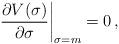
LaTeX: \begin{align*}\left. \frac{\partial V(\sigma)}{\partial \sigma} \right|_{\sigma = m}=0\, ,\end{align*}